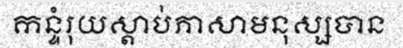
កន្ទំរុយស្តាប់ភាសាមនុស្សបាន